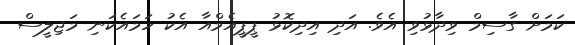
ކަމަށް ގާސިމް ވިދާޅުވި އެވެ. އަދި އިދިކޮޅު ޕީޕީއެމްއާ އެކު ހަމައެކަނި މަޖިލީސް